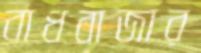
বাধবাজার